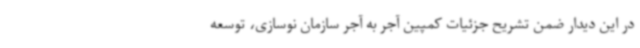
در این دیدار ضمن تشریح جزئیات کمپین آجر به آجر سازمان نوسازی، توسعه